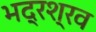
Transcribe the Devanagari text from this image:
भद्रश्रव